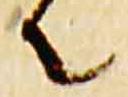
者